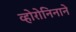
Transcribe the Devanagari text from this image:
व्होरोनिनाने